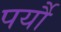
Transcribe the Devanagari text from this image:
पर्यौ